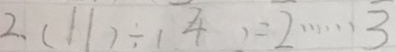
2 . ( 1 1 ) \div ( 4 ) = 2 \cdots 3